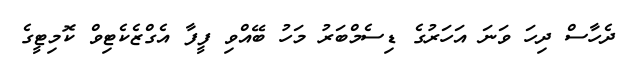
ދެހާސް ދިހަ ވަނަ އަހަރުގެ ޑިސެމްބަރު މަހު ބޭއްވި ފީފާ އެގްޒެކެޓިވް ކޮމިޓީގެ